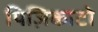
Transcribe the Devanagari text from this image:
पिज़िकाटो